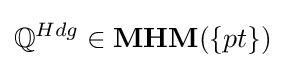
\mathbb {Q} ^{Hdg}\in {\textbf {MHM}}(\{pt\})